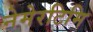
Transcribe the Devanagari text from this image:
नेमेरटिमि